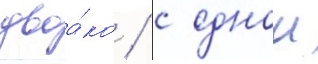
двоа́ко / с однои